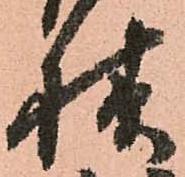
様